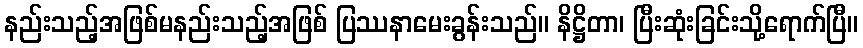
နည်းသည့်အဖြစ်မနည်းသည့်အဖြစ် ပြဿနာမေးခွန်းသည်။ နိဋ္ဌိတာ၊ ပြီးဆုံးခြင်းသို့ရောက်ပြီ။